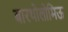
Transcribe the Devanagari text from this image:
बारथोलोमिऊ